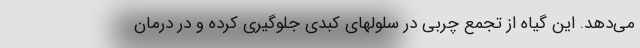
می‌دهد. این گیاه از تجمع چربی در سلولهای کبدی جلوگیری کرده و در درمان